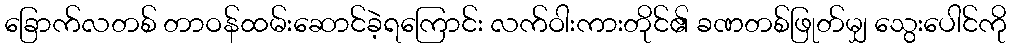
ခြောက်လတစ် တာဝန်ထမ်းဆောင်ခဲ့ရကြောင်း လက်ဝါးကားတိုင်၏ ခဏတစ်ဖြုတ်မျှ သွေးပေါင်ကို